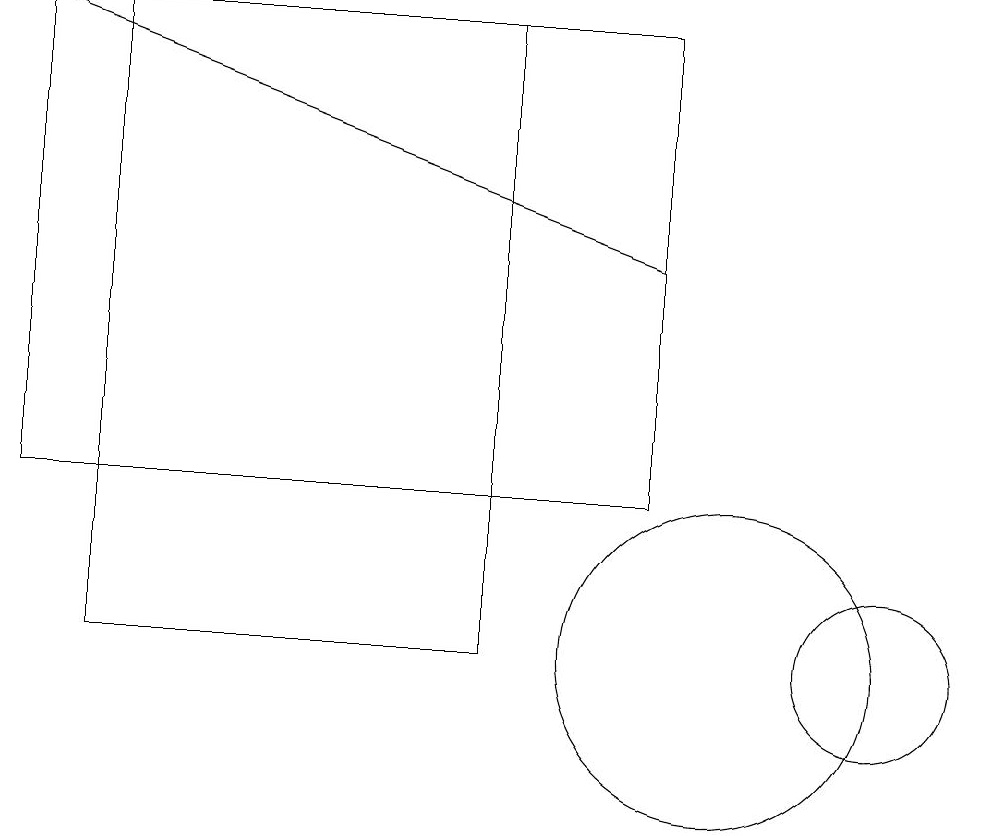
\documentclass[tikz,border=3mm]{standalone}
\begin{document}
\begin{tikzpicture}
\draw (2,10) rectangle (7,18);
\draw[->] (9,15) -- (1,18);
\draw (1,18) rectangle (9,12);
\draw (10,10) circle (2);
\draw (12,10) circle (1);
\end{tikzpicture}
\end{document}